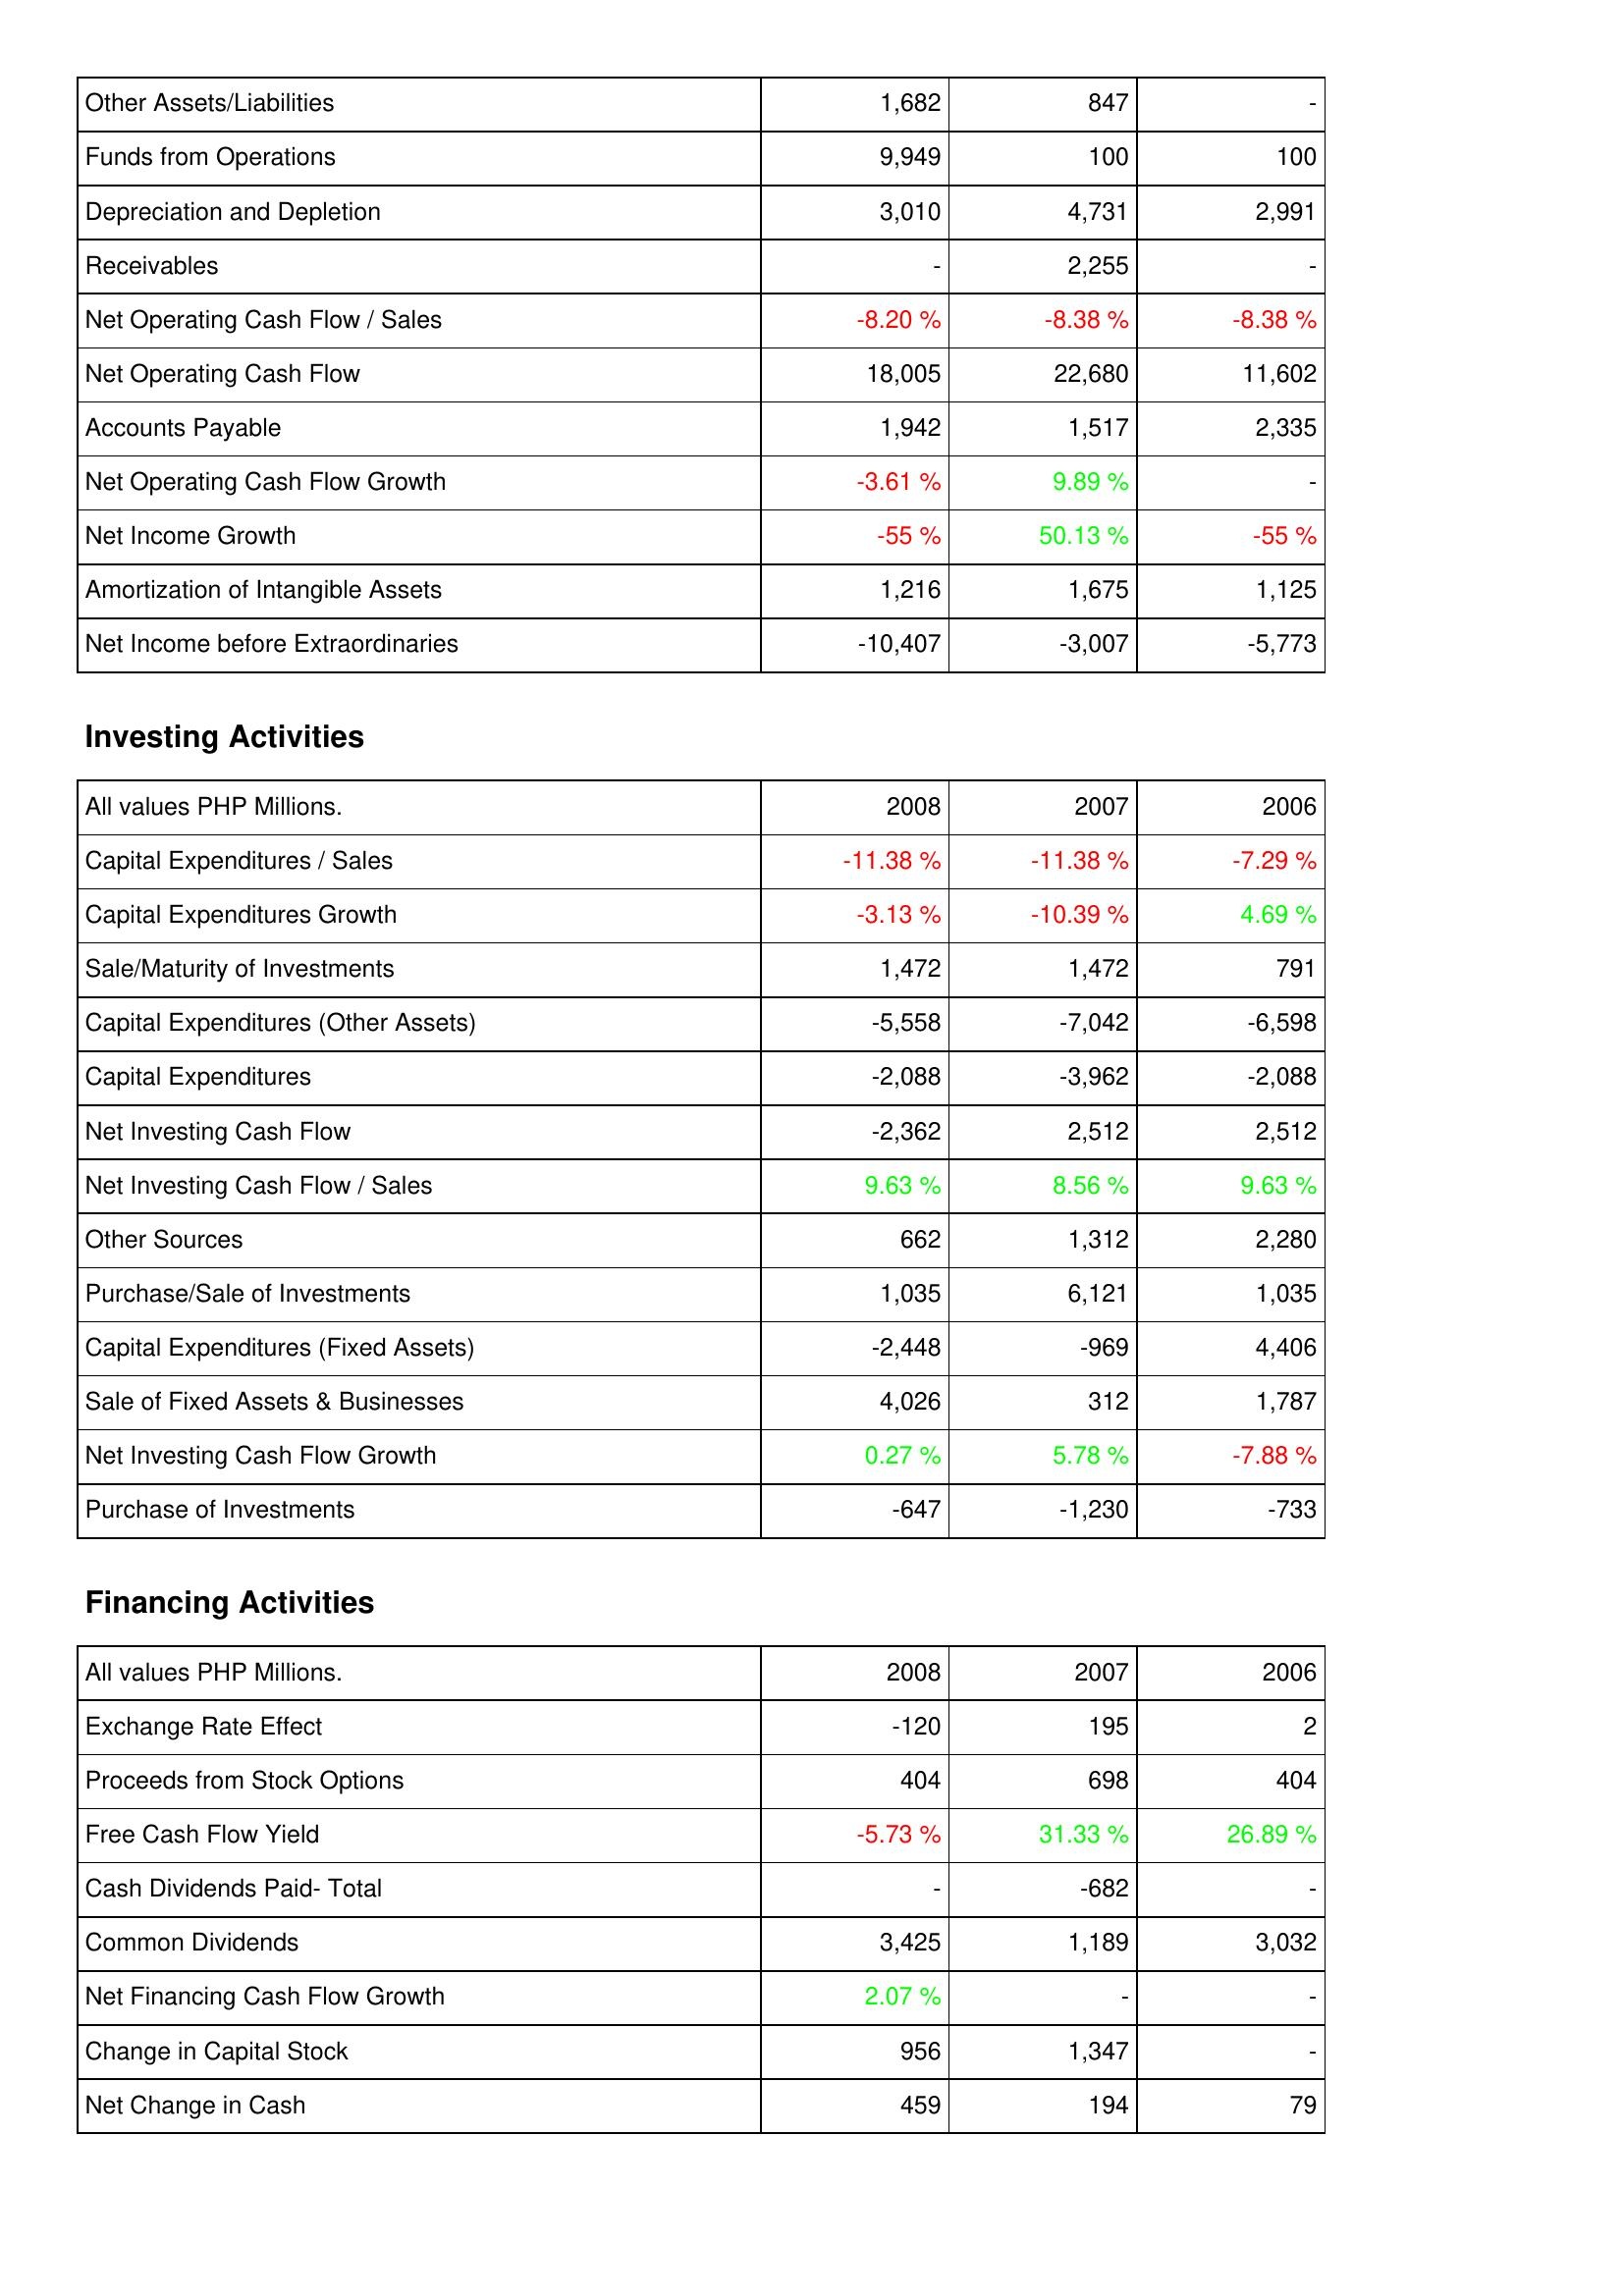
2008: Operating Activities: Other Assets/Liabilities: 1,682
Funds from Operations: 9,949
Depreciation and Depletion: 3,010
Receivables: -
Net Operating Cash Flow / Sales: -8.20 %
Net Operating Cash Flow: 18,005
Accounts Payable: 1,942
Net Operating Cash Flow Growth: -3.61 %
Net Income Growth: -55 %
Amortization of Intangible Assets: 1,216
Net Income before Extraordinaries: -10,407
Investing Activities: Capital Expenditures / Sales: -11.38 %
Capital Expenditures Growth: -3.13 %
Sale/Maturity of Investments: 1,472
Capital Expenditures (Other Assets): -5,558
Capital Expenditures: -2,088
Net Investing Cash Flow: -2,362
Net Investing Cash Flow / Sales: 9.63 %
Other Sources: 662
Purchase/Sale of Investments: 1,035
Capital Expenditures (Fixed Assets): -2,448
Sale of Fixed Assets & Businesses: 4,026
Net Investing Cash Flow Growth: 0.27 %
Purchase of Investments: -647
Financing Activities: Exchange Rate Effect: -120
Proceeds from Stock Options: 404
Free Cash Flow Yield: -5.73 %
Cash Dividends Paid- Total: -
Common Dividends: 3,425
Net Financing Cash Flow Growth: 2.07 %
Change in Capital Stock: 956
Net Change in Cash: 459
2007: Operating Activities: Other Assets/Liabilities: 847
Funds from Operations: 100
Depreciation and Depletion: 4,731
Receivables: 2,255
Net Operating Cash Flow / Sales: -8.38 %
Net Operating Cash Flow: 22,680
Accounts Payable: 1,517
Net Operating Cash Flow Growth: 9.89 %
Net Income Growth: 50.13 %
Amortization of Intangible Assets: 1,675
Net Income before Extraordinaries: -3,007
Investing Activities: Capital Expenditures / Sales: -11.38 %
Capital Expenditures Growth: -10.39 %
Sale/Maturity of Investments: 1,472
Capital Expenditures (Other Assets): -7,042
Capital Expenditures: -3,962
Net Investing Cash Flow: 2,512
Net Investing Cash Flow / Sales: 8.56 %
Other Sources: 1,312
Purchase/Sale of Investments: 6,121
Capital Expenditures (Fixed Assets): -969
Sale of Fixed Assets & Businesses: 312
Net Investing Cash Flow Growth: 5.78 %
Purchase of Investments: -1,230
Financing Activities: Exchange Rate Effect: 195
Proceeds from Stock Options: 698
Free Cash Flow Yield: 31.33 %
Cash Dividends Paid- Total: -682
Common Dividends: 1,189
Net Financing Cash Flow Growth: -
Change in Capital Stock: 1,347
Net Change in Cash: 194
2006: Operating Activities: Other Assets/Liabilities: -
Funds from Operations: 100
Depreciation and Depletion: 2,991
Receivables: -
Net Operating Cash Flow / Sales: -8.38 %
Net Operating Cash Flow: 11,602
Accounts Payable: 2,335
Net Operating Cash Flow Growth: -
Net Income Growth: -55 %
Amortization of Intangible Assets: 1,125
Net Income before Extraordinaries: -5,773
Investing Activities: Capital Expenditures / Sales: -7.29 %
Capital Expenditures Growth: 4.69 %
Sale/Maturity of Investments: 791
Capital Expenditures (Other Assets): -6,598
Capital Expenditures: -2,088
Net Investing Cash Flow: 2,512
Net Investing Cash Flow / Sales: 9.63 %
Other Sources: 2,280
Purchase/Sale of Investments: 1,035
Capital Expenditures (Fixed Assets): 4,406
Sale of Fixed Assets & Businesses: 1,787
Net Investing Cash Flow Growth: -7.88 %
Purchase of Investments: -733
Financing Activities: Exchange Rate Effect: 2
Proceeds from Stock Options: 404
Free Cash Flow Yield: 26.89 %
Cash Dividends Paid- Total: -
Common Dividends: 3,032
Net Financing Cash Flow Growth: -
Change in Capital Stock: -
Net Change in Cash: 79